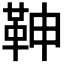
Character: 𩉼